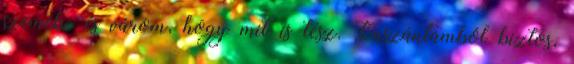
szemébe és várom, hogy mit is tesz. Önszántamból biztos,